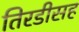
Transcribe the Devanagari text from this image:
तिरडीसह